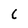
Character: C